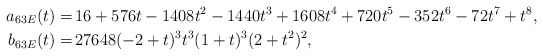
\begin{align*}a_{63E}(t)=& \, 16 + 576 t - 1408 t^2 - 1440 t^3 + 1608 t^4 + 720 t^5 - 352 t^6 - 72 t^7 + t^8, \\b_{63E}(t)=& \, 27648 (-2 + t)^3 t^3 (1 + t)^3 (2 + t^2)^2,\end{align*}